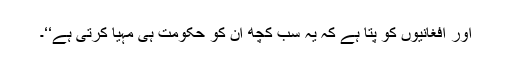
اور افغانیوں کو پتا ہے کہ یہ سب کچھ ان کو حکومت ہی مہیا کرتی ہے‘‘۔